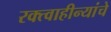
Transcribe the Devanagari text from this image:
रक्त्वाहीन्यांचे